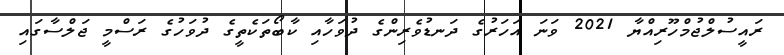
ރައީސުލްޖުމްހޫރިއްޔާ 2021 ވަނަ އަހަރުގެ ދަނޑުވެރިންގެ ދުވަހާއި ކާބޯތަކެތީގެ ދުވަހުގެ ރަސްމީ ޖަލްސާގައި